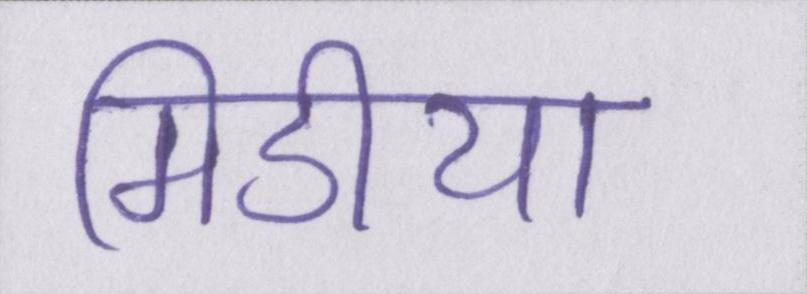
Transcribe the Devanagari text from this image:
मिडीया